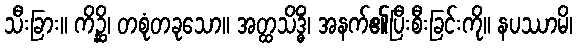
သီးခြား။ ကိဉ္ဆိ၊ တစုံတခုသော။ အတ္ထသိဒ္ဓိံ၊ အနက်၏ပြီးစီးခြင်းကို။ နပဿာမိ၊